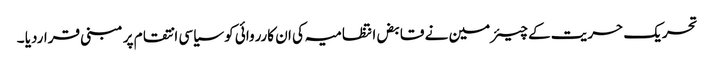
تحریک حریت کے چیئرمین نے قابض انتظامیہ کی ان کارروائی کو سیاسی انتقام پر مبنی قراردیا ۔